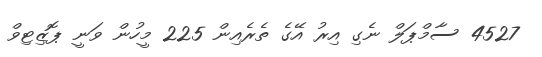
4527 ސާމްޕަލް ނެގި އިރު އޭގެ ތެރެއިން 225 މީހުން ވަނީ ޕޮޒިޓިވް